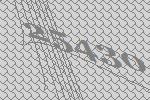
25430